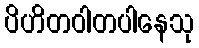
ပိဟိတဝါတပါနေသု